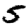
Digit: 5